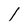
Character: l